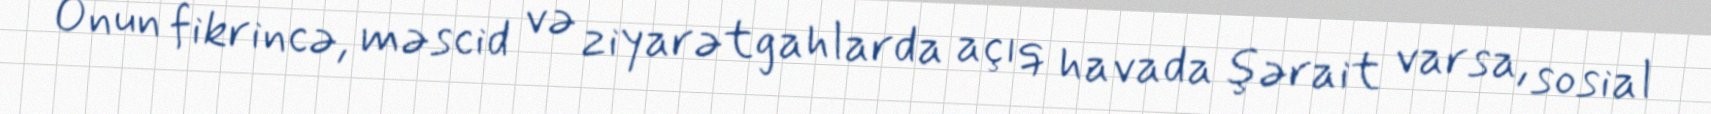
Onun fikrincə, məscid və ziyarətgahlarda açıq havada şərait varsa, sosial